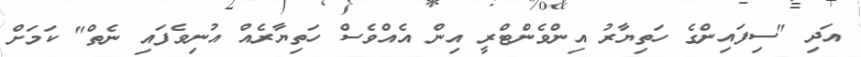
އަދި "ސިފައިންގެ ހަތިޔާރު އިންވެންޓްރީ އިން އެއްވެސް ހަތިޔާރެއް އުނިވެފައި ނެތް" ކަމަށް